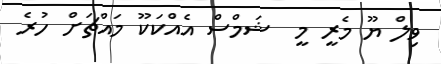
ވިލް ޔޫ މެރީ މީ  ޝަމްސް އެއްކަކޫ މައްޗަށް ހުރެ